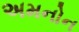
અમનોન